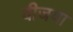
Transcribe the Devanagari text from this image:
वीजया